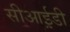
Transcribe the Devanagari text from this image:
सीआई़डी